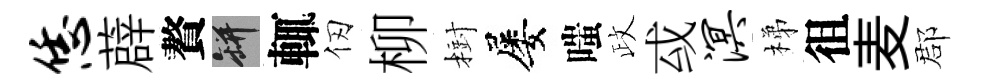
恁薜贅瓶輒仞柳𣗳屡嗤政㦯溟梯徂麦郡